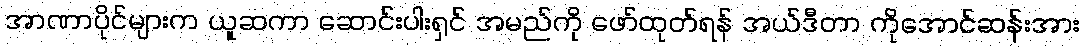
အာဏာပိုင်များက ယူဆကာ ဆောင်းပါးရှင် အမည်ကို ဖော်ထုတ်ရန် အယ်ဒီတာ ကိုအောင်ဆန်းအား